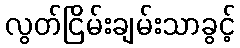
လွတ်ငြိမ်းချမ်းသာခွင့်